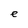
Character: e